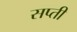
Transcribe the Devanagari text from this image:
सप्ती